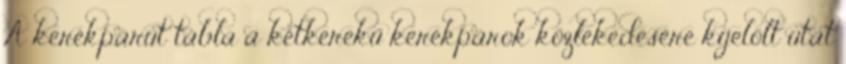
A kerékpárút tábla a kétkerekű kerékpárok közlekedésére kijelölt utat